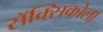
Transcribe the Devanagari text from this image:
सॅक्सिकोला